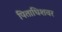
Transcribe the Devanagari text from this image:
पिताधिशवर